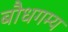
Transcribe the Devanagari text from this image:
बौधगम्य